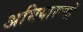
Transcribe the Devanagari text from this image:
अभियारण्यों